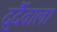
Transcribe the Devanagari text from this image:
दुर्दैवाला